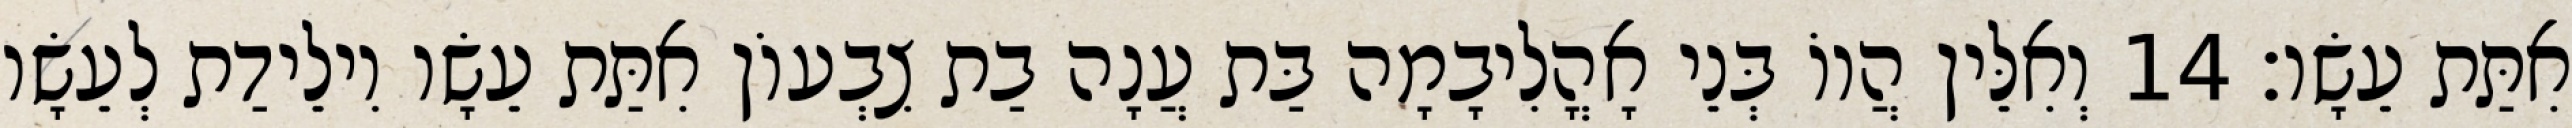
אִתַּת עֵשָׂו׃ 14 וְאִלֵּין הֲווֹ בְּנֵי אָהֳלִיבָמָה בַּת עֲנָה בַת צִבְעוֹן אִתַּת עֵשָׂו וִילֵידַת לְעֵשָׂו